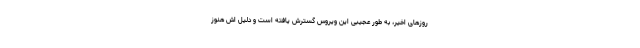
روزهای اخیر، به طور عجیبی این ویروس گسترش یافته است و دلیل اش هنوز